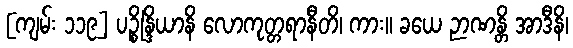
[ကျမ်း ၁၁၉] ပဉ္စိန္ဒြိယာနိ လောကုတ္တရာနီတိ၊ ကား။ ခယေ ဉာဏန္တိ အာဒီနိ၊